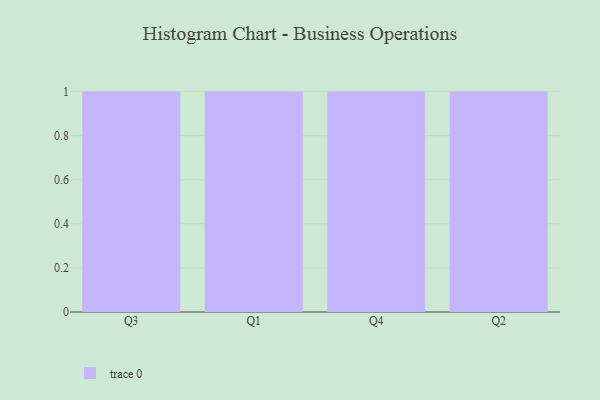
{"axis": {"x": "Quarter", "y": "Demand Index"}, "legend": [""], "data": [{"x": "Q3", "y": 73, "type": ""}, {"x": "Q1", "y": 56, "type": ""}, {"x": "Q4", "y": 12, "type": ""}, {"x": "Q2", "y": 3, "type": ""}]}